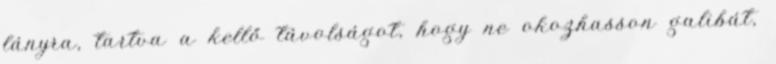
lányra, tartva a kellő távolságot, hogy ne okozhasson galibát,